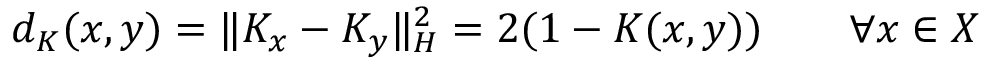
d _ { K } ( x , y ) = \| K _ { x } - K _ { y } \| _ { H } ^ { 2 } = 2 ( 1 - K ( x , y ) ) \qquad \forall x \in X